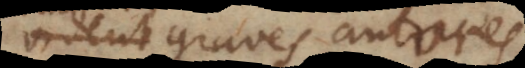
audiunt graves autores